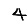
Digit: 4